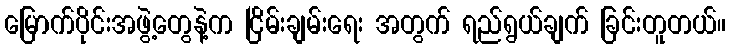
မြောက်ပိုင်းအဖွဲ့တွေနဲ့က ငြိမ်းချမ်းရေး အတွက် ရည်ရွယ်ချက် ခြင်းတူတယ်။